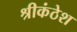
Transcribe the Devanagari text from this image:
श्रीकंठेश